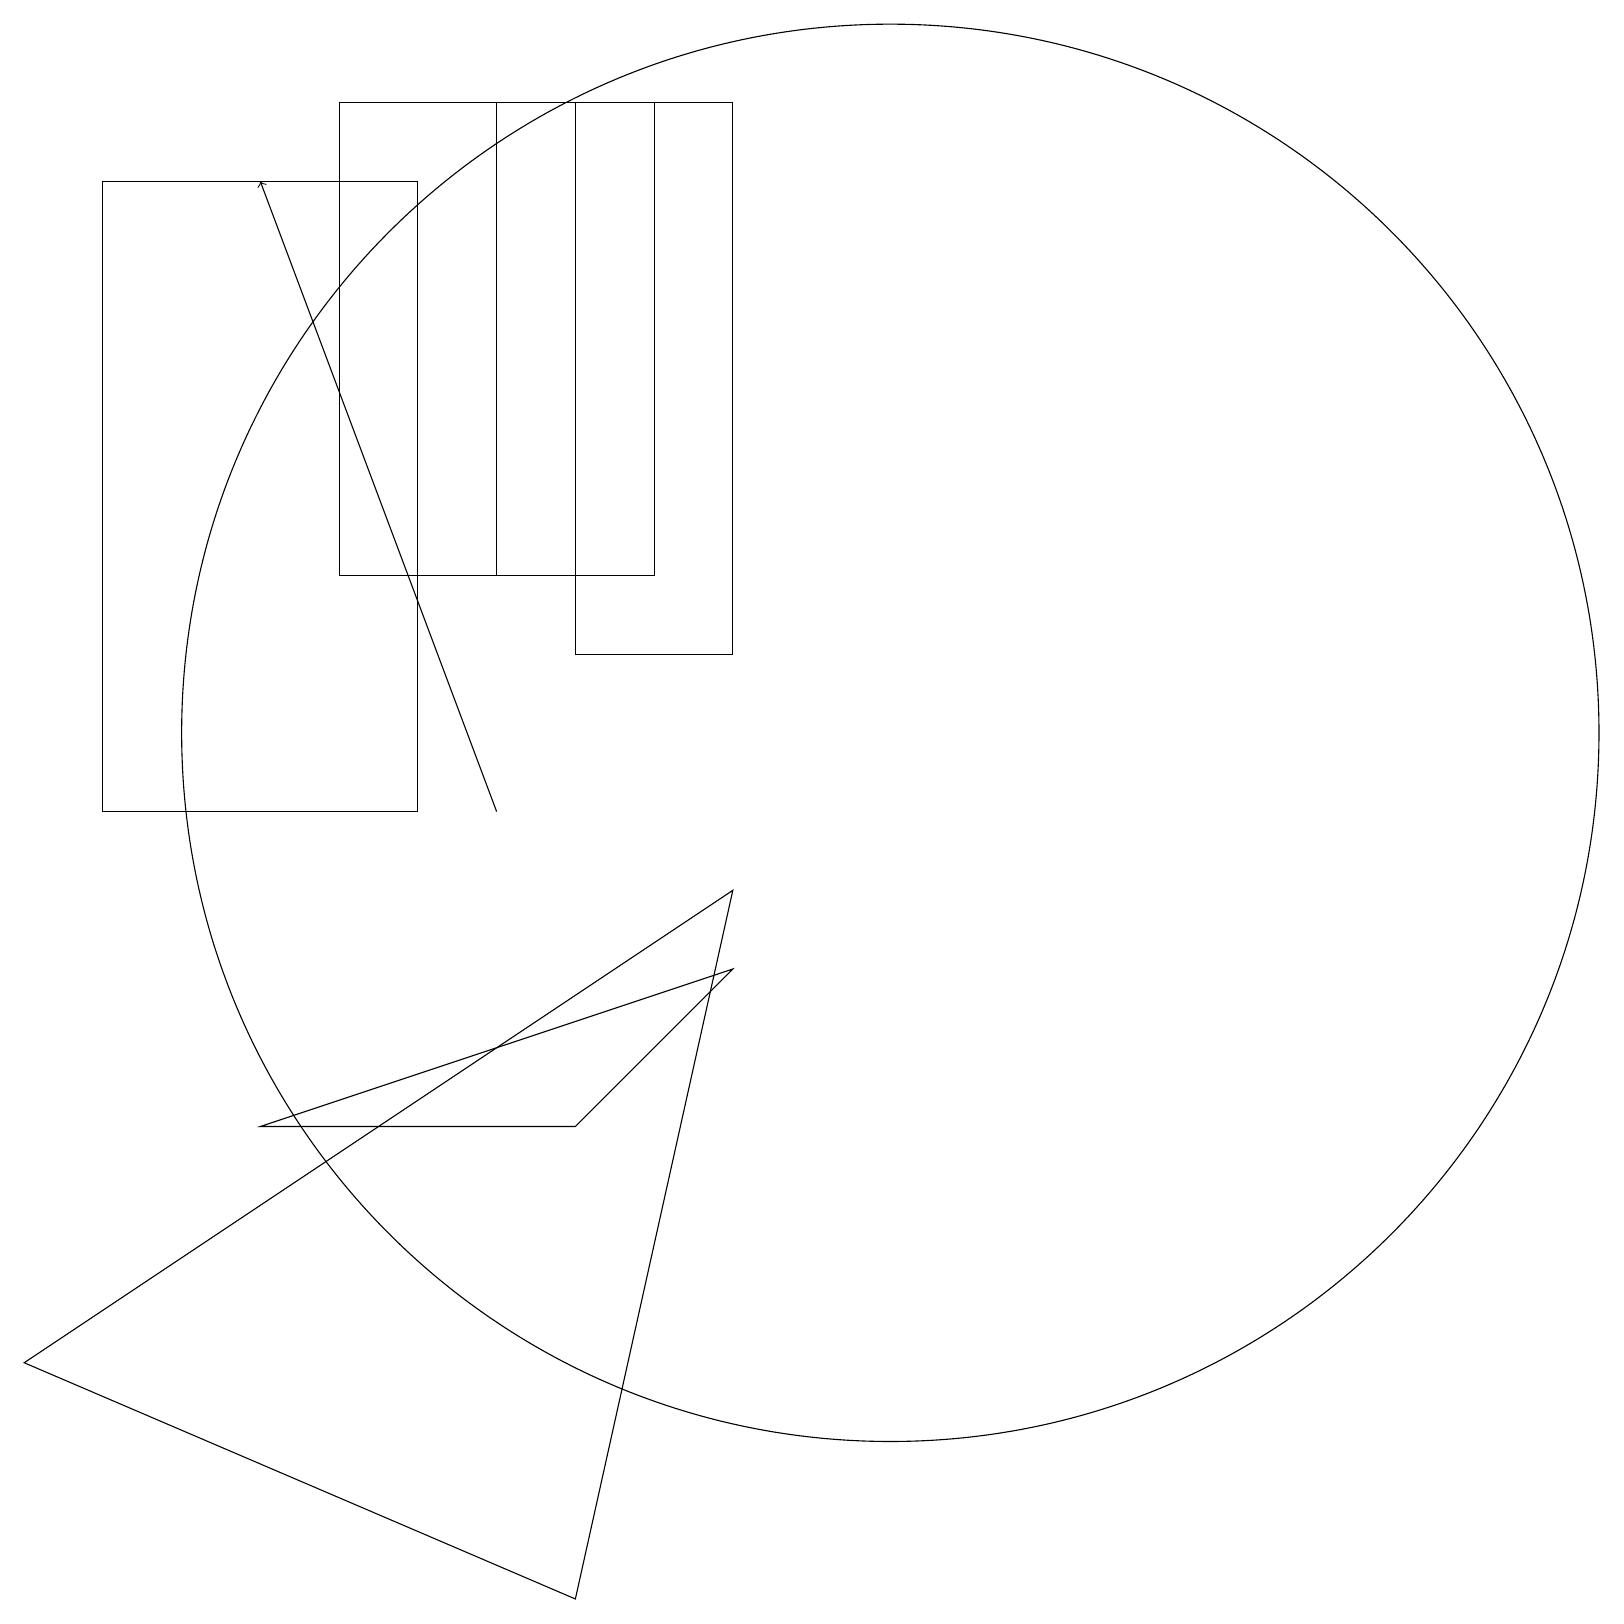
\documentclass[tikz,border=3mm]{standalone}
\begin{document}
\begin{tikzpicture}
\draw (5,10) rectangle (1,18);
\draw (3,6) -- (9,8) -- (7,6) -- cycle;
\draw (6,13) rectangle (8,19);
\draw (4,19) rectangle (7,13);
\draw[->] (6,10) -- (3,18);
\draw (7,12) rectangle (9,19);
\draw (7,0) -- (9,9) -- (0,3) -- cycle;
\draw (11,11) circle (9);
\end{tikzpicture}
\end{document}